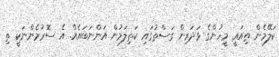
ކަލޭމެން ތިއައީ